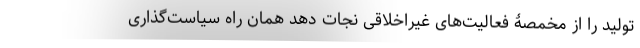
تولید را از مخمصۀ فعالیت‌های غیراخلاقی نجات دهد همان راه سیاست‌گذاری